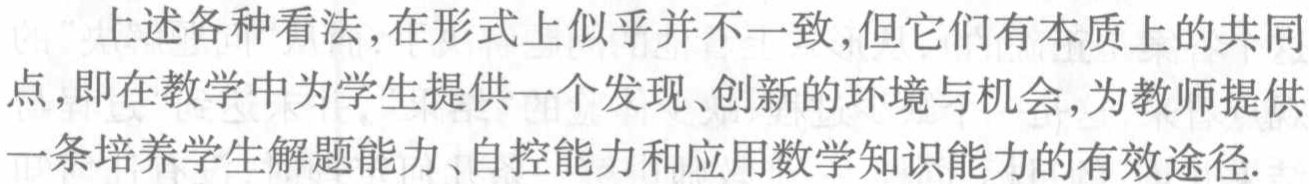
上述各种看法,在形式上似乎并不一致,但它们有本质上的共同点,即在教学中为学生提供一个发现、创新的环境与机会,为教师提供一条培养学生解题能力、自控能力和应用数学知识能力的有效途径.